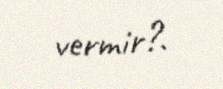
vermir?.